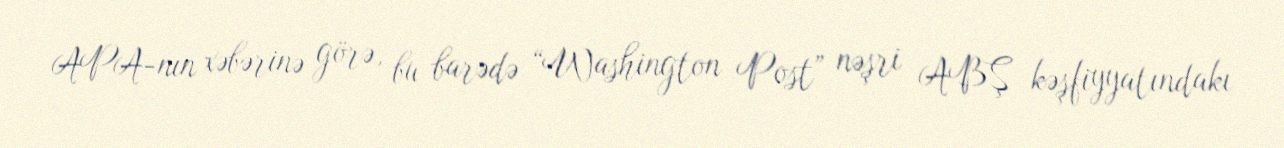
APA-nın xəbərinə görə, bu barədə “Washington Post” nəşri ABŞ kəşfiyyatındakı